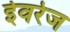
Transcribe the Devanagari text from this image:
ईवरेज